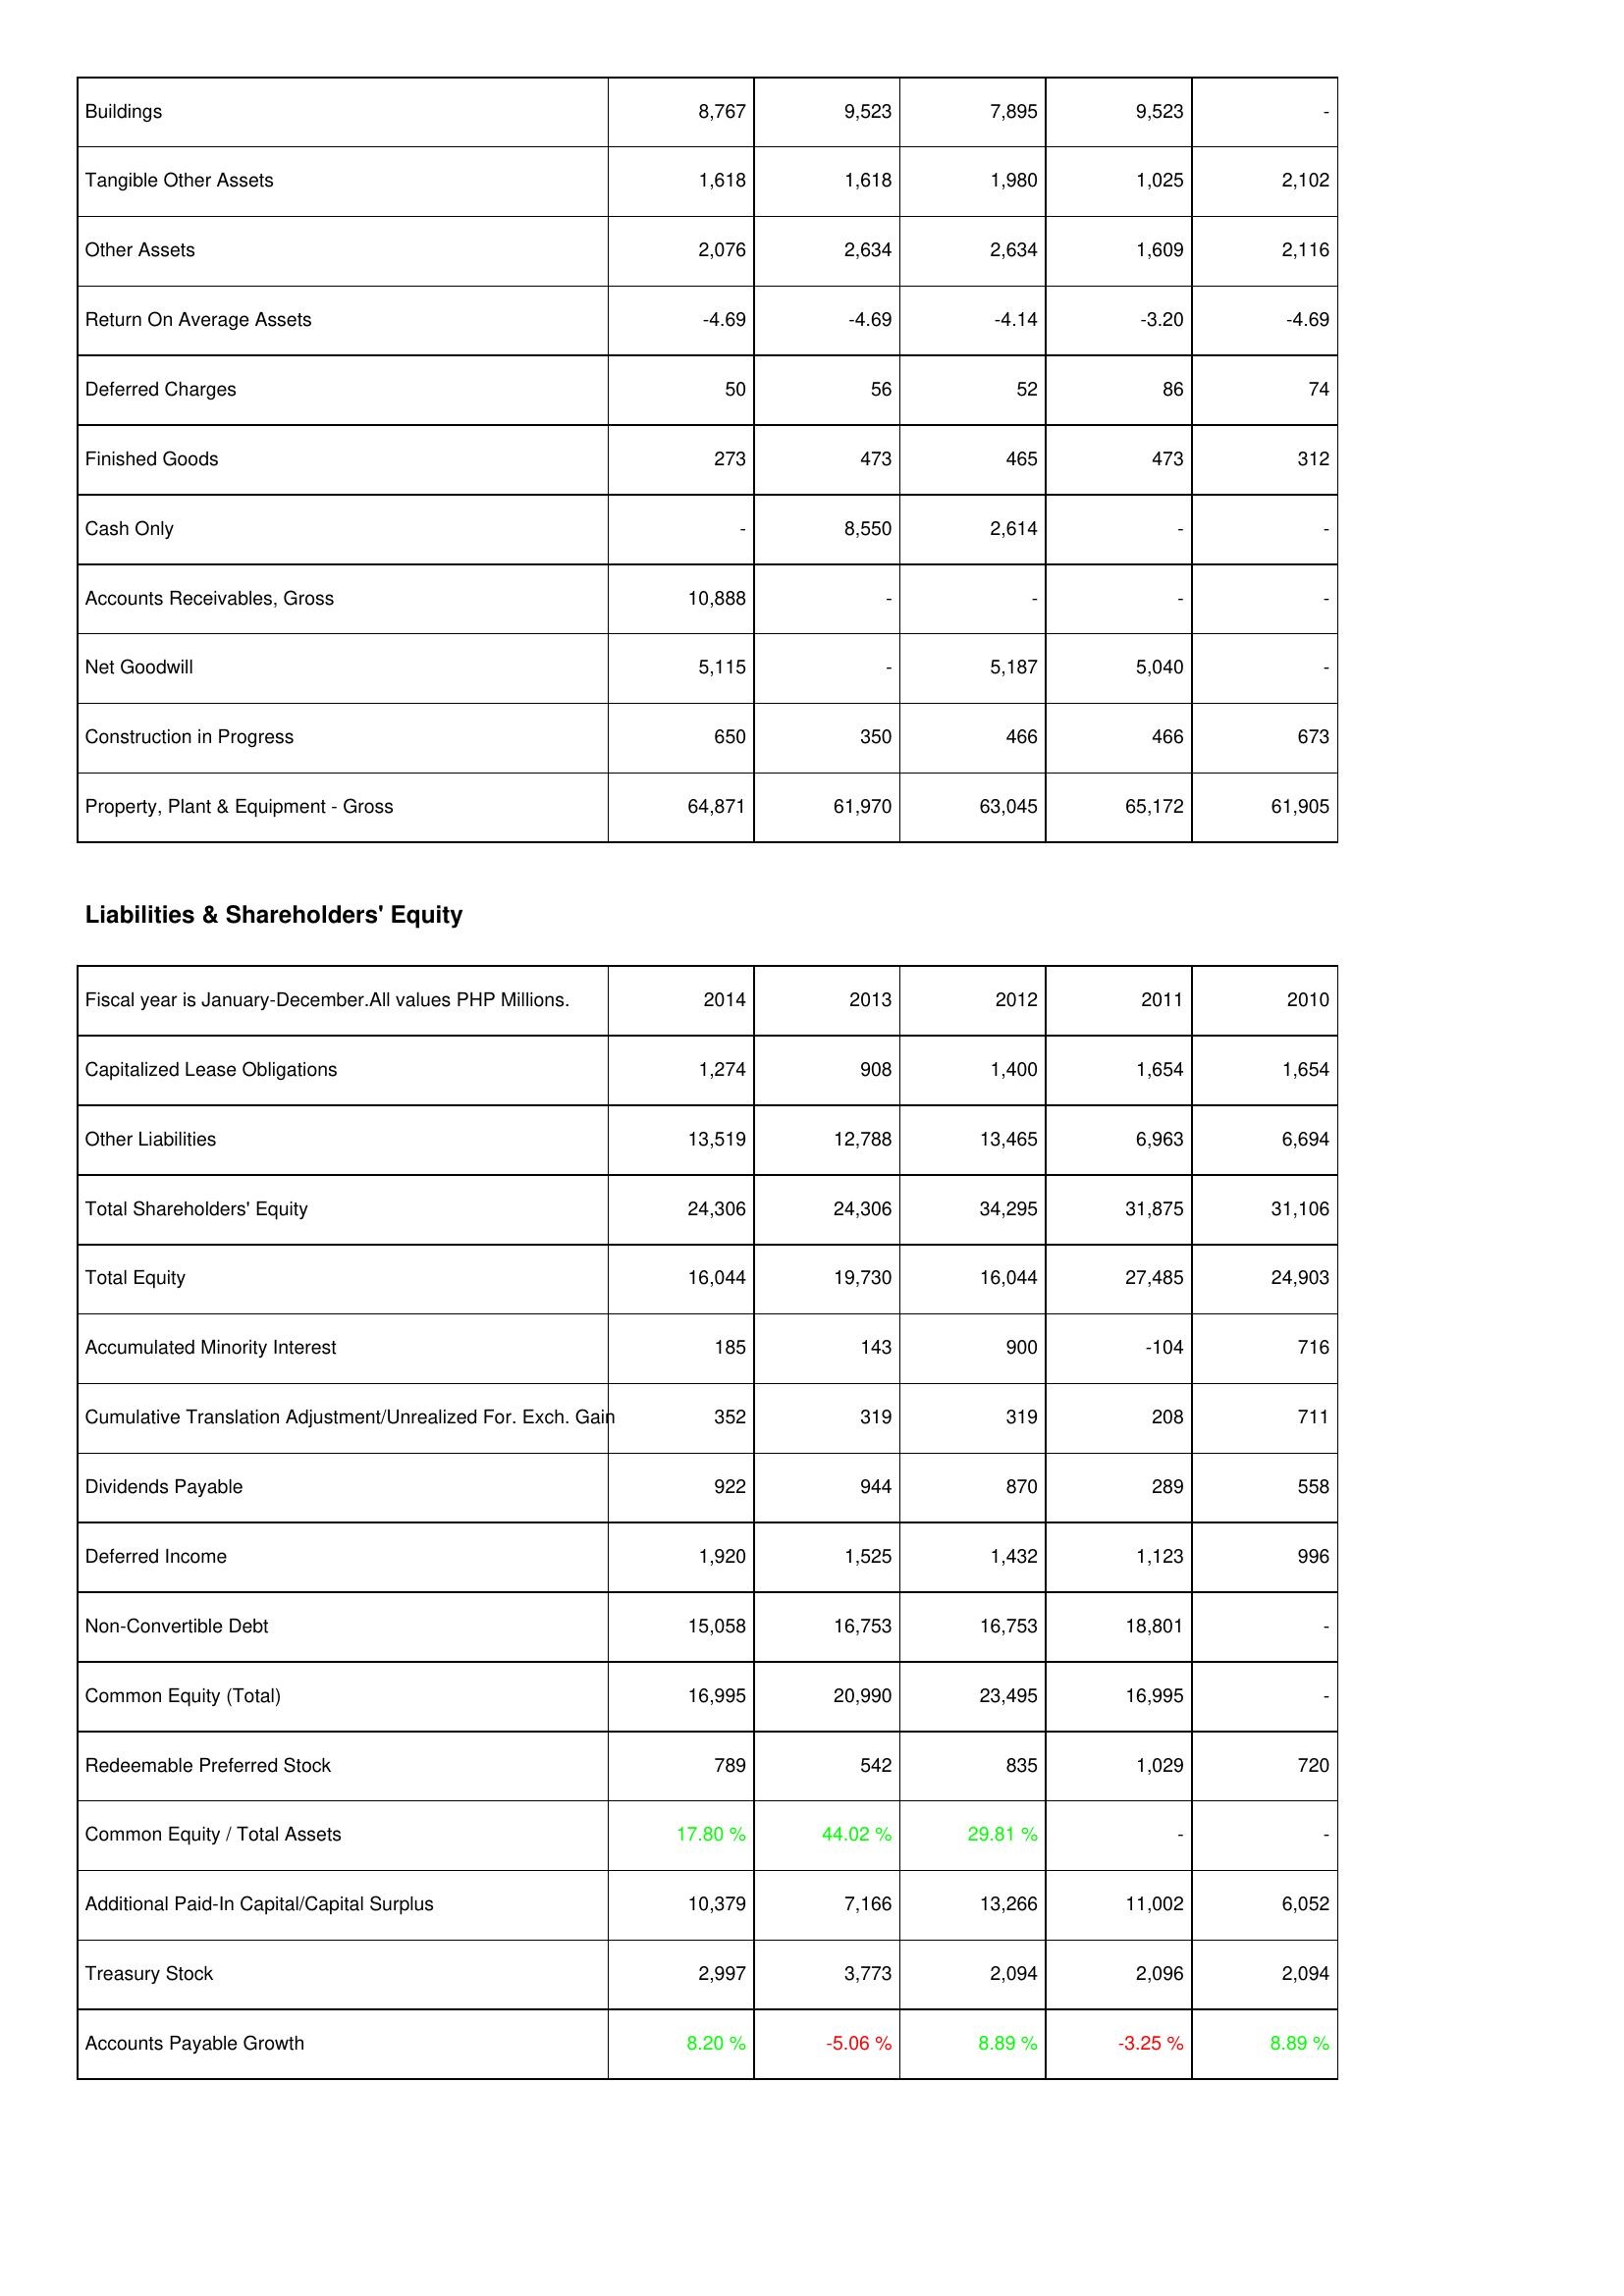
2014: Assets: Buildings: 8,767
Tangible Other Assets: 1,618
Other Assets: 2,076
Return On Average Assets: -4.69
Deferred Charges: 50
Finished Goods: 273
Cash Only: -
Accounts Receivables, Gross: 10,888
Net Goodwill: 5,115
Construction in Progress: 650
Property, Plant & Equipment - Gross: 64,871
Liabilities & Shareholders' Equity: Capitalized Lease Obligations: 1,274
Other Liabilities: 13,519
Total Shareholders' Equity: 24,306
Total Equity: 16,044
Accumulated Minority Interest: 185
Cumulative Translation Adjustment/Unrealized For. Exch. Gain: 352
Dividends Payable: 922
Deferred Income: 1,920
Non-Convertible Debt: 15,058
Common Equity (Total): 16,995
Redeemable Preferred Stock: 789
Common Equity / Total Assets: 17.80 %
Additional Paid-In Capital/Capital Surplus: 10,379
Treasury Stock: 2,997
Accounts Payable Growth: 8.20 %
2013: Assets: Buildings: 9,523
Tangible Other Assets: 1,618
Other Assets: 2,634
Return On Average Assets: -4.69
Deferred Charges: 56
Finished Goods: 473
Cash Only: 8,550
Accounts Receivables, Gross: -
Net Goodwill: -
Construction in Progress: 350
Property, Plant & Equipment - Gross: 61,970
Liabilities & Shareholders' Equity: Capitalized Lease Obligations: 908
Other Liabilities: 12,788
Total Shareholders' Equity: 24,306
Total Equity: 19,730
Accumulated Minority Interest: 143
Cumulative Translation Adjustment/Unrealized For. Exch. Gain: 319
Dividends Payable: 944
Deferred Income: 1,525
Non-Convertible Debt: 16,753
Common Equity (Total): 20,990
Redeemable Preferred Stock: 542
Common Equity / Total Assets: 44.02 %
Additional Paid-In Capital/Capital Surplus: 7,166
Treasury Stock: 3,773
Accounts Payable Growth: -5.06 %
2012: Assets: Buildings: 7,895
Tangible Other Assets: 1,980
Other Assets: 2,634
Return On Average Assets: -4.14
Deferred Charges: 52
Finished Goods: 465
Cash Only: 2,614
Accounts Receivables, Gross: -
Net Goodwill: 5,187
Construction in Progress: 466
Property, Plant & Equipment - Gross: 63,045
Liabilities & Shareholders' Equity: Capitalized Lease Obligations: 1,400
Other Liabilities: 13,465
Total Shareholders' Equity: 34,295
Total Equity: 16,044
Accumulated Minority Interest: 900
Cumulative Translation Adjustment/Unrealized For. Exch. Gain: 319
Dividends Payable: 870
Deferred Income: 1,432
Non-Convertible Debt: 16,753
Common Equity (Total): 23,495
Redeemable Preferred Stock: 835
Common Equity / Total Assets: 29.81 %
Additional Paid-In Capital/Capital Surplus: 13,266
Treasury Stock: 2,094
Accounts Payable Growth: 8.89 %
2011: Assets: Buildings: 9,523
Tangible Other Assets: 1,025
Other Assets: 1,609
Return On Average Assets: -3.20
Deferred Charges: 86
Finished Goods: 473
Cash Only: -
Accounts Receivables, Gross: -
Net Goodwill: 5,040
Construction in Progress: 466
Property, Plant & Equipment - Gross: 65,172
Liabilities & Shareholders' Equity: Capitalized Lease Obligations: 1,654
Other Liabilities: 6,963
Total Shareholders' Equity: 31,875
Total Equity: 27,485
Accumulated Minority Interest: -104
Cumulative Translation Adjustment/Unrealized For. Exch. Gain: 208
Dividends Payable: 289
Deferred Income: 1,123
Non-Convertible Debt: 18,801
Common Equity (Total): 16,995
Redeemable Preferred Stock: 1,029
Common Equity / Total Assets: -
Additional Paid-In Capital/Capital Surplus: 11,002
Treasury Stock: 2,096
Accounts Payable Growth: -3.25 %
2010: Assets: Buildings: -
Tangible Other Assets: 2,102
Other Assets: 2,116
Return On Average Assets: -4.69
Deferred Charges: 74
Finished Goods: 312
Cash Only: -
Accounts Receivables, Gross: -
Net Goodwill: -
Construction in Progress: 673
Property, Plant & Equipment - Gross: 61,905
Liabilities & Shareholders' Equity: Capitalized Lease Obligations: 1,654
Other Liabilities: 6,694
Total Shareholders' Equity: 31,106
Total Equity: 24,903
Accumulated Minority Interest: 716
Cumulative Translation Adjustment/Unrealized For. Exch. Gain: 711
Dividends Payable: 558
Deferred Income: 996
Non-Convertible Debt: -
Common Equity (Total): -
Redeemable Preferred Stock: 720
Common Equity / Total Assets: -
Additional Paid-In Capital/Capital Surplus: 6,052
Treasury Stock: 2,094
Accounts Payable Growth: 8.89 %